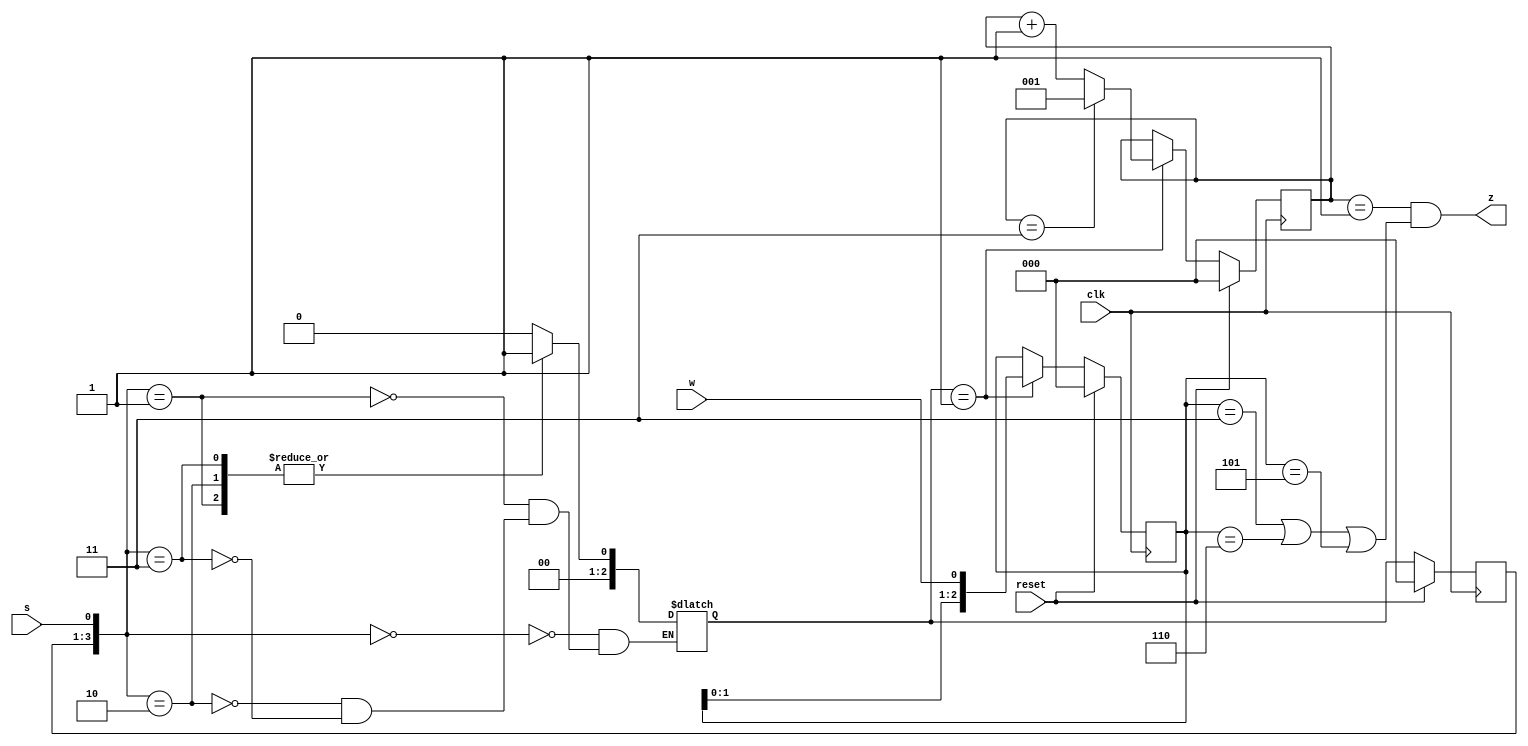
// This program was cloned from: https://github.com/matthewdelorenzo/CreativEval
// License: BSD 3-Clause "New" or "Revised" License

module top_module (
    input clk,
    input reset,   // Synchronous reset
    input s,
    input w,
    output z
);

    parameter A = 0, B = 1;
    reg [2:0] state, next_state;
    reg [2:0] w_new;
    reg [2:0] count;

    always @(*) begin
        case ({state, s})
            // there will be a wrong message, if write like {A, 0}
            {A, 1'b0}: next_state = A;
            {A, 1'b1}: next_state = B;
            {B, 1'b0}: next_state = B;
            {B, 1'b1}: next_state = B;
        endcase
    end

    always @(posedge clk) begin
        if (reset) begin
            state <= A;
        end
        else begin
            state <= next_state;
        end
    end

    always @(posedge clk) begin
        if (reset) begin
            w_new <= 0;
        end
        else if (next_state == B) begin
            w_new <= {w_new[1:0], w};
        end
    end

    always @(posedge clk) begin
        if (reset) begin
            count <= 0;
        end
        else if (next_state == B) begin
            if (count == 3) begin
                count <= 1;
            end
            else begin
                count <= count + 1;
            end
        end
    end

    assign z = (count == 1 && (w_new == 3'b011 || w_new == 3'b110 || w_new == 3'b101));

endmodule